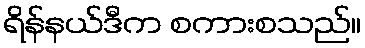
ရိန်နယ်ဒီက စကားစသည်။